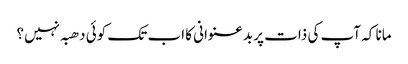
مانا کہ آپ کی ذات پر بدعنوانی کا اب تک کوئی دھبہ نہیں؟